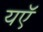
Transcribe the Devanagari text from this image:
यऍ